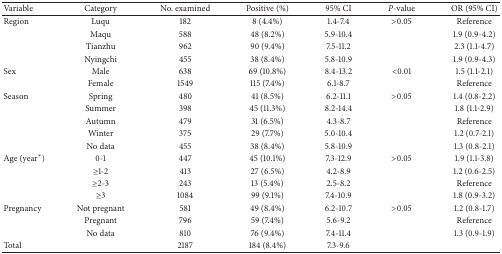
<table><thead><tr><td><b>Variable</b></td><td><b>Category</b></td><td><b>No. examined</b></td><td><b>Positive (%)</b></td><td><b>95% CI</b></td><td><b><i>P</i>-value</b></td><td><b>OR (95% CI)</b></td></tr></thead><tbody><tr><td>Region</td><td>Luqu</td><td>182</td><td>8 (4.4%)</td><td>1.4-7.4</td><td>&gt;0.05</td><td>Reference</td></tr><tr><td> </td><td>Maqu</td><td>588</td><td>48 (8.2%)</td><td>5.9-10.4</td><td> </td><td>1.9 (0.9-4.2)</td></tr><tr><td> </td><td>Tianzhu</td><td>962</td><td>90 (9.4%)</td><td>7.5-11.2</td><td> </td><td>2.3 (1.1-4.7)</td></tr><tr><td> </td><td>Nyingchi</td><td>455</td><td>38 (8.4%)</td><td>5.8-10.9</td><td> </td><td>1.9 (0.9-4.3)</td></tr><tr><td>Sex</td><td>Male</td><td>638</td><td>69 (10.8%)</td><td>8.4-13.2</td><td>&lt;0.01</td><td>1.5 (1.1-2.1)</td></tr><tr><td> </td><td>Female</td><td>1549</td><td>115 (7.4%)</td><td>6.1-8.7</td><td> </td><td>Reference</td></tr><tr><td>Season</td><td>Spring</td><td>480</td><td>41 (8.5%)</td><td>6.2-11.1</td><td>&gt;0.05</td><td>1.4 (0.8-2.2)</td></tr><tr><td> </td><td>Summer</td><td>398</td><td>45 (11.3%)</td><td>8.2-14.4</td><td> </td><td>1.8 (1.1-2.9)</td></tr><tr><td> </td><td>Autumn</td><td>479</td><td>31 (6.5%)</td><td>4.3-8.7</td><td> </td><td>Reference</td></tr><tr><td> </td><td>Winter</td><td>375</td><td>29 (7.7%)</td><td>5.0-10.4</td><td> </td><td>1.2 (0.7-2.1)</td></tr><tr><td> </td><td>No data</td><td>455</td><td>38 (8.4%)</td><td>5.8-10.9</td><td> </td><td>1.3 (0.8-2.1)</td></tr><tr><td>Age (year<sup><i>∗</i></sup>)</td><td>0-1</td><td>447</td><td>45 (10.1%)</td><td>7.3-12.9</td><td>&gt;0.05</td><td>1.9 (1.1-3.8)</td></tr><tr><td> </td><td>≥1-2</td><td>413</td><td>27 (6.5%)</td><td>4.2-8.9</td><td> </td><td>1.2 (0.6-2.5)</td></tr><tr><td> </td><td>≥2-3</td><td>243</td><td>13 (5.4%)</td><td>2.5-8.2</td><td> </td><td>Reference</td></tr><tr><td> </td><td>≥3</td><td>1084</td><td>99 (9.1%)</td><td>7.4-10.9</td><td> </td><td>1.8 (0.9-3.2)</td></tr><tr><td>Pregnancy</td><td>Not pregnant</td><td>581</td><td>49 (8.4%)</td><td>6.2-10.7</td><td>&gt;0.05</td><td>1.2 (0.8-1.7)</td></tr><tr><td> </td><td>Pregnant</td><td>796</td><td>59 (7.4%)</td><td>5.6-9.2</td><td> </td><td>Reference</td></tr><tr><td> </td><td>No data</td><td>810</td><td>76 (9.4%)</td><td>7.4-11.4</td><td> </td><td>1.3 (0.9-1.9)</td></tr><tr><td>Total</td><td> </td><td>2187</td><td>184 (8.4%)</td><td>7.3-9.6</td><td> </td><td> </td></tr></tbody></table>